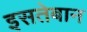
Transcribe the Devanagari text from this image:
इसतेबान